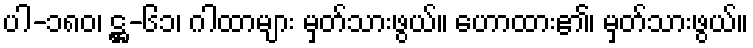
ပါ-၁၈၀၊ ဋ္ဌ-၆၁၊ ဂါထာများ မှတ်သားဖွယ်။ ဟောထား၏၊ မှတ်သားဖွယ်။